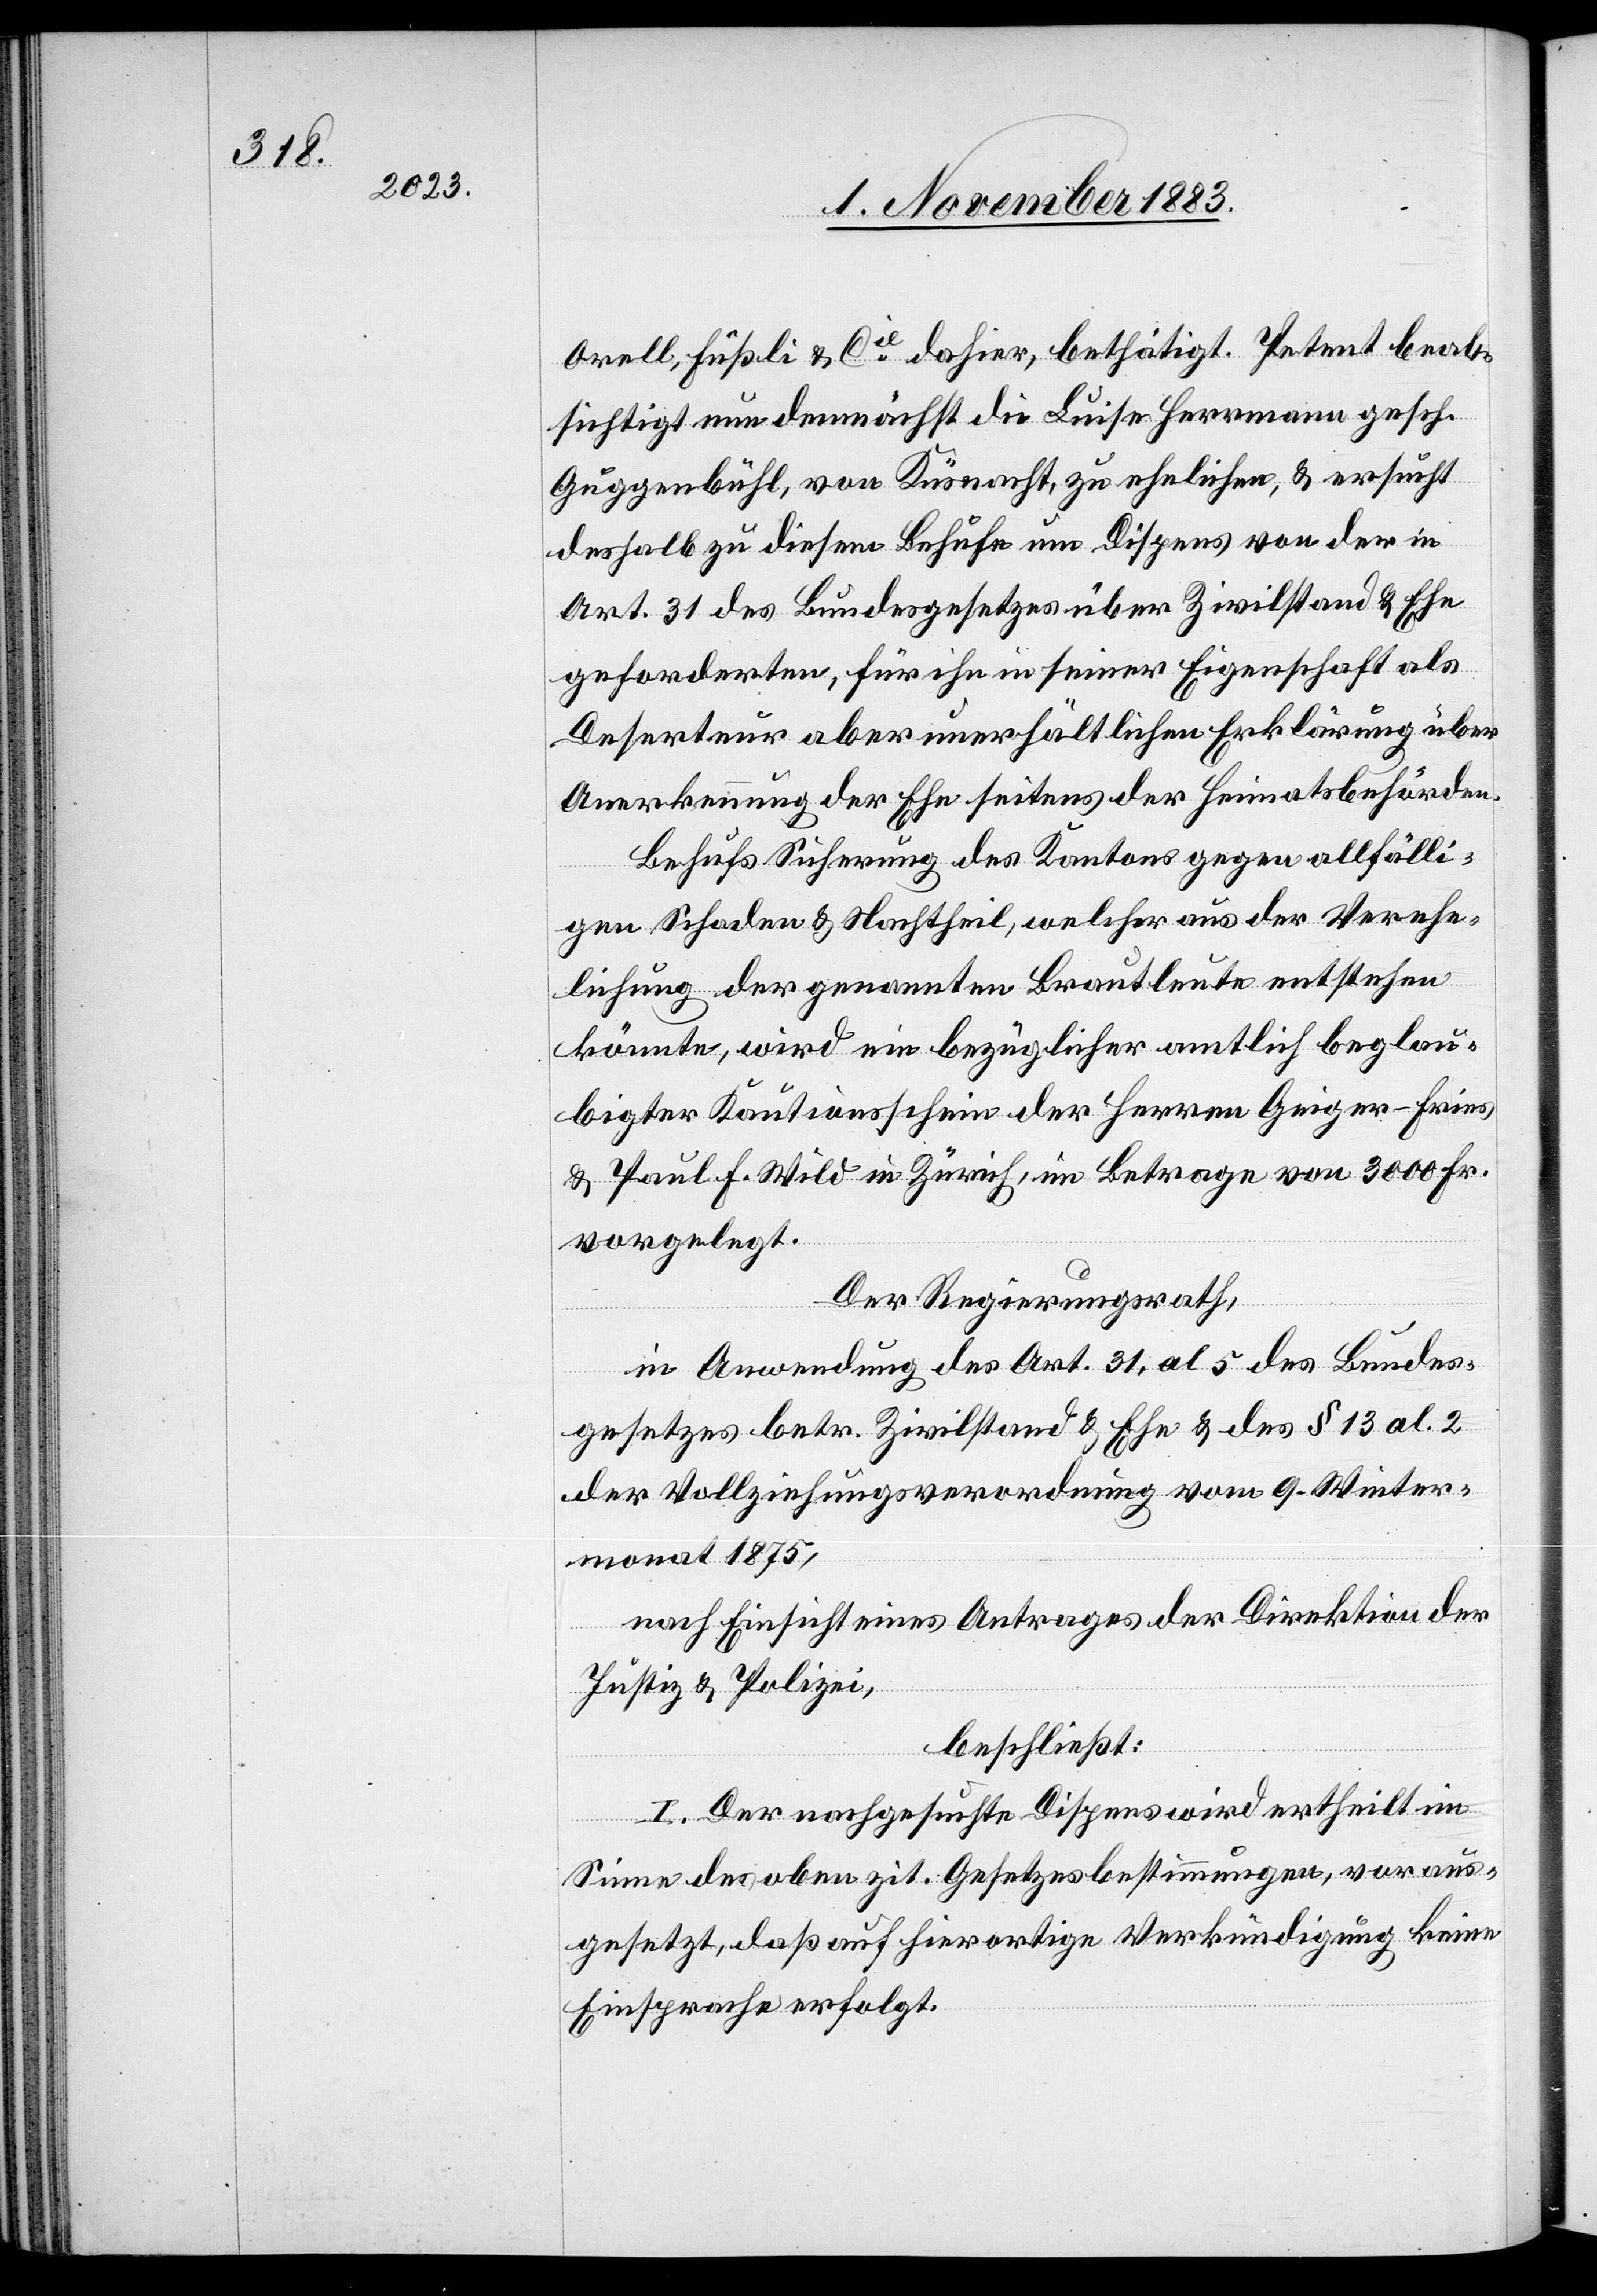
Orell, Füßli & Cie dahier, bethätigt. Petent beab¬
sichtigt nun demnächst die Luise Herrmann gesch.
Guggenbühl, von Küsnacht, zu ehelichen, & ersucht
deshalb zu diesem Behufe im Dispens von der in
Art. 31 des Bundesgesetzes über Zivilstand & Ehe
geforderten, für ihr in seiner Eigenschaft als
Deserteur aber unerhältlichen Erklärung über
Anerkennung der Ehe seitens der Heimatsbehörden.
Behufs Sicherung des Kantons gegen allfälli¬
gen Schaden & Nachtheil, welcher aus der Verehe¬
lichung der genannten Brautleute entstehen
könnte, wird ein bezüglicher amtlich beglau¬
bigter Kautionsschein der Herren Geiger-Fries
& Paul F. Wild in Zürich, im Betrage von 4300 Fr.
vorgelegt.
Der Regierungsrath,
in Anwendung des Art. 31, al 5 des Bundes¬
gesetzes betr. Zivilstand & Ehe & des § 13 al. 2
der Vollziehungsverordnung vom 9. Winter¬
monat 1875,
nach Einsicht eines Antrages der Direktion der
Justiz & Polizei,
beschließt:
I. Der nachgesuchte Dispens wird ertheilt im
Sinne der oben zit. Gesetzesbestimmungen, voraus¬
gesetzt, daß auf hierortige Verkündigung keine
Einsprache erfolgt.